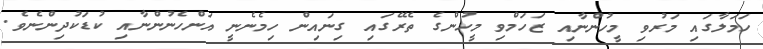
ހަމަލާގައި މަރުވި މީހުންނާއި ޒަހަމްވި މީހުންގެ ތެރޭގައި ގިނައިން ހިމެނެނީ އަންހެނުންނާއި ކުޑަކުދިންނެވެ.